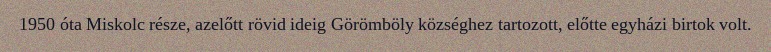
1950 óta Miskolc része, azelőtt rövid ideig Görömböly községhez tartozott, előtte egyházi birtok volt.